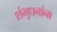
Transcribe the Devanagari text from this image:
शंभुधनांना